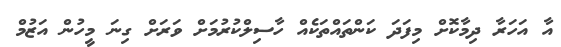
އާ އަހަރާ ދިމާކޮށް މިފަދަ ކަންތައްތަކެއް ހާސިލްކުރުމަށް ވަރަށް ގިނަ މީހުން އަޒުމް